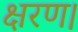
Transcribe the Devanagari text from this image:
क्षरण।